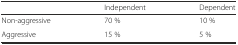
<table><thead><tr><td></td><td><b>Independent</b></td><td><b>Dependent</b></td></tr></thead><tbody><tr><td>Non-aggressive</td><td>70 %</td><td>10 %</td></tr><tr><td>Aggressive</td><td>15 %</td><td>5 %</td></tr></tbody></table>